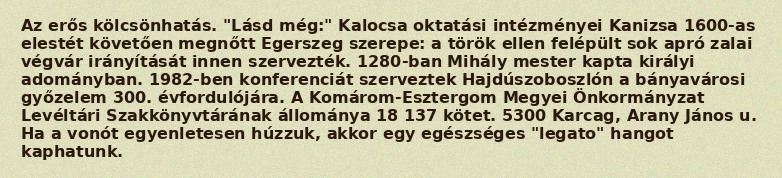
Az erős kölcsönhatás. "Lásd még:" Kalocsa oktatási intézményei Kanizsa 1600-as elestét követően megnőtt Egerszeg szerepe: a török ellen felépült sok apró zalai végvár irányítását innen szervezték. 1280-ban Mihály mester kapta királyi adományban. 1982-ben konferenciát szerveztek Hajdúszoboszlón a bányavárosi győzelem 300. évfordulójára. A Komárom-Esztergom Megyei Önkormányzat Levéltári Szakkönyvtárának állománya 18 137 kötet. 5300 Karcag, Arany János u. Ha a vonót egyenletesen húzzuk, akkor egy egészséges "legato" hangot kaphatunk.